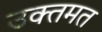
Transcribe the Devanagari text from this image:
उक्तमत